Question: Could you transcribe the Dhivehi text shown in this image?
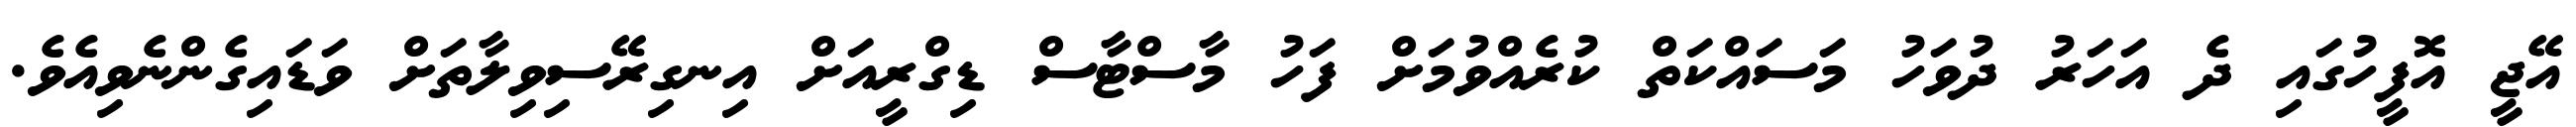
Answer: އޭޖީ އޮފީހުގައި ދެ އަހަރު ދުވަހު މަސައްކަތް ކުރެއްވުމަށް ފަހު މާސްޓާސް ޑިގްރީއަށް އިނގިރޭސިވިލާތަށް ވަޑައިގެންނެވިއެވެ.